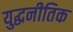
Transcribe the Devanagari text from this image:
युद्धनीतिक